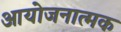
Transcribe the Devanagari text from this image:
आयोजनात्मक